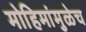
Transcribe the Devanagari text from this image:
मोहिमांमुळेच